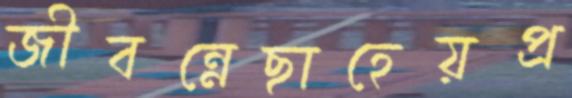
জীবন্নেছাহেয়প্র